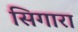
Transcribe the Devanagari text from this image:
सिगारा